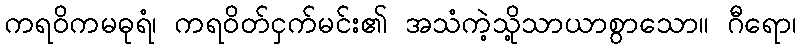
ကရဝိကမဓုရံ၊ ကရဝိတ်ငှက်မင်း၏ အသံကဲ့သို့သာယာစွာသော။ ဂီရော၊